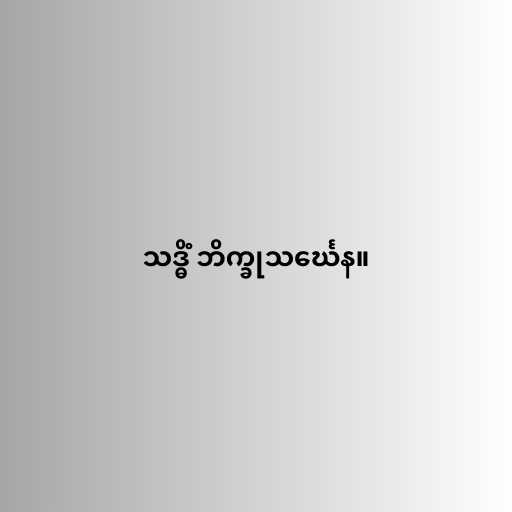
သဒ္ဓိံ ဘိက္ခုသင်္ဃေန။